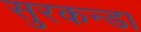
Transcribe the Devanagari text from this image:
सुरकन्डा